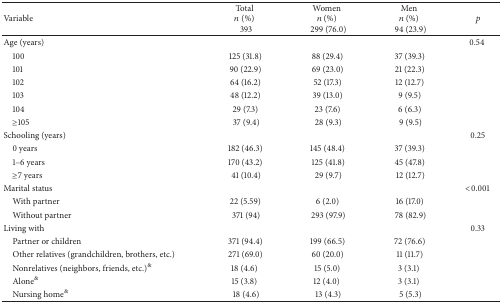
<table><thead><tr><td><b>Variable</b></td><td><b>Total<i>n</i> (%)393</b></td><td><b>Women<i>n</i> (%)299 (76.0)</b></td><td><b>Men<i>n</i> (%)94 (23.9)</b></td><td><b><i>p</i></b></td></tr></thead><tbody><tr><td>Age (years) </td><td> </td><td> </td><td> </td><td>0.54 </td></tr><tr><td> 100 </td><td>125 (31.8) </td><td>88 (29.4) </td><td>37 (39.3) </td><td rowspan="6"> </td></tr><tr><td> 101 </td><td>90 (22.9) </td><td>69 (23.0) </td><td>21 (22.3) </td></tr><tr><td> 102 </td><td>64 (16.2) </td><td>52 (17.3) </td><td>12 (12.7) </td></tr><tr><td> 103 </td><td>48 (12.2) </td><td>39 (13.0) </td><td>9 (9.5) </td></tr><tr><td> 104 </td><td>29 (7.3) </td><td>23 (7.6) </td><td>6 (6.3) </td></tr><tr><td> ≥105</td><td>37 (9.4)</td><td>28 (9.3)</td><td>9 (9.5)</td></tr><tr><td>Schooling (years) </td><td> </td><td> </td><td> </td><td>0.25</td></tr><tr><td> 0 years</td><td>182 (46.3) </td><td>145 (48.4) </td><td>37 (39.3) </td><td rowspan="3"> </td></tr><tr><td> 1–6 years</td><td>170 (43.2) </td><td>125 (41.8)</td><td>45 (47.8) </td></tr><tr><td> ≥7 years</td><td>41 (10.4)</td><td>29 (9.7)</td><td>12 (12.7)</td></tr><tr><td>Marital status </td><td> </td><td> </td><td> </td><td>&lt;0.001</td></tr><tr><td> With partner </td><td>22 (5.59) </td><td>6 (2.0) </td><td>16 (17.0) </td><td rowspan="2"> </td></tr><tr><td> Without partner</td><td>371 (94)</td><td>293 (97.9)</td><td>78 (82.9)</td></tr><tr><td>Living with </td><td> </td><td> </td><td> </td><td>0.33</td></tr><tr><td> Partner or children </td><td>371 (94.4) </td><td>199 (66.5) </td><td>72 (76.6) </td><td rowspan="5"> </td></tr><tr><td> Other relatives (grandchildren, brothers, etc.) </td><td>271 (69.0) </td><td>60 (20.0) </td><td>11 (11.7) </td></tr><tr><td> Nonrelatives (neighbors, friends, etc.)<sup>&amp;</sup> </td><td>18 (4.6)</td><td> 15 (5.0)</td><td>3 (3.1)</td></tr><tr><td> Alone<sup>&amp;</sup> </td><td>15 (3.8)</td><td>12 (4.0)</td><td>3 (3.1)</td></tr><tr><td> Nursing home<sup>&amp;</sup></td><td>18 (4.6)</td><td>13 (4.3)</td><td>5 (5.3)</td></tr></tbody></table>